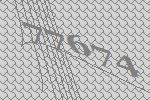
77674